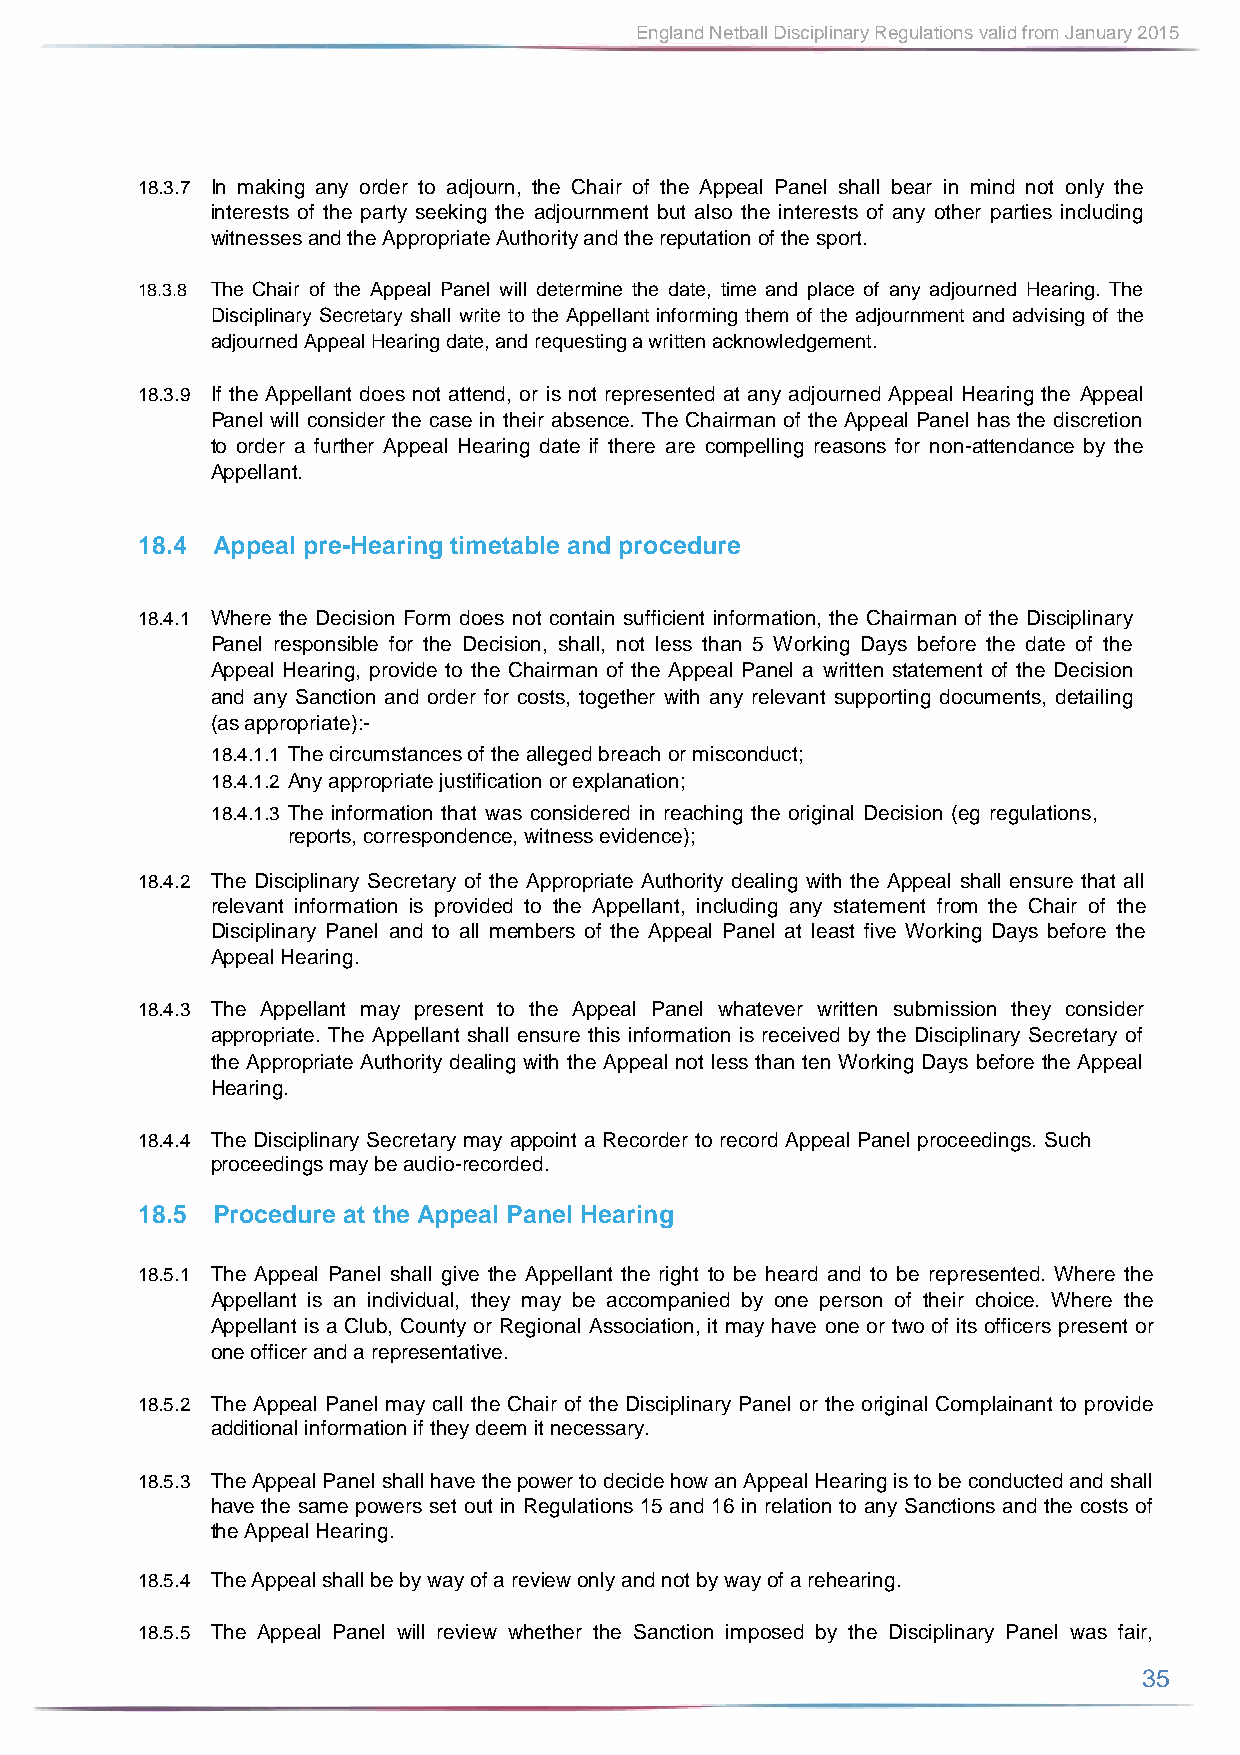
England Netball Disciplinary Regulations valid from January 2015
 18.3.7 In making any order to adjourn, the Chair of the Appeal Panel shall bear in mind not only the
 interests of the party seeking the adjournment but also the interests of any other parties including
 witnesses and the Appropriate Authority and the reputation of the sport.
 18.3.8 The Chair of the Appeal Panel will determine the date, time and place of any adjourned Hearing. The
 Disciplinary Secretary shall write to the Appellant informing them of the adjournment and advising of the
 adjourned Appeal Hearing date, and requesting a written acknowledgement.
 18.3.9 If the Appellant does not attend, or is not represented at any adjourned Appeal Hearing the Appeal
 Panel will consider the case in their absence. The Chairman of the Appeal Panel has the discretion
 to order a further Appeal Hearing date if there are compelling reasons for non-attendance by the
 Appellant.
 18.4 Appeal pre-Hearing timetable and procedure
 18.4.1 Where the Decision Form does not contain sufficient information, the Chairman of the Disciplinary
 Panel responsible for the Decision, shall, not less than 5 Working Days before the date of the
 Appeal Hearing, provide to the Chairman of the Appeal Panel a written statement of the Decision
 and any Sanction and order for costs, together with any relevant supporting documents, detailing
 (as appropriate):-
 18.4.1.1 The circumstances of the alleged breach or misconduct;
 18.4.1.2 Any appropriate justification or explanation;
 18.4.1.3 The information that was considered in reaching the original Decision (eg regulations,
 reports, correspondence, witness evidence);
 18.4.2 The Disciplinary Secretary of the Appropriate Authority dealing with the Appeal shall ensure that all
 relevant information is provided to the Appellant, including any statement from the Chair of the
 Disciplinary Panel and to all members of the Appeal Panel at least five Working Days before the
 Appeal Hearing.
 18.4.3 The Appellant may present to the Appeal Panel whatever written submission they consider
 appropriate. The Appellant shall ensure this information is received by the Disciplinary Secretary of
 the Appropriate Authority dealing with the Appeal not less than ten Working Days before the Appeal
 Hearing.
 18.4.4 The Disciplinary Secretary may appoint a Recorder to record Appeal Panel proceedings. Such
 proceedings may be audio-recorded.
 18.5 Procedure at the Appeal Panel Hearing
 18.5.1 The Appeal Panel shall give the Appellant the right to be heard and to be represented. Where the
 Appellant is an individual, they may be accompanied by one person of their choice. Where the
 Appellant is a Club, County or Regional Association, it may have one or two of its officers present or
 one officer and a representative.
 18.5.2 The Appeal Panel may call the Chair of the Disciplinary Panel or the original Complainant to provide
 additional information if they deem it necessary.
 18.5.3 The Appeal Panel shall have the power to decide how an Appeal Hearing is to be conducted and shall
 have the same powers set out in Regulations 15 and 16 in relation to any Sanctions and the costs of
 the Appeal Hearing.
 18.5.4 The Appeal shall be by way of a review only and not by way of a rehearing.
 18.5.5 The Appeal Panel will review whether the Sanction imposed by the Disciplinary Panel was fair,
 35